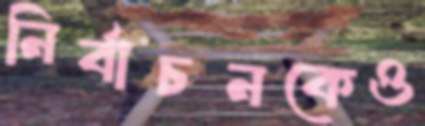
নির্বাচনকেও